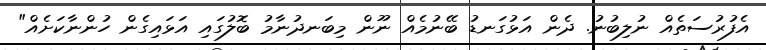
އެފުރުސަތެއް ނުލިބުނު. ދެން އަޅުގަނޑު ބޭނުމެއް ނޫން މިބަނދުނާމު ބޮލުގައި އަޅައިގެން ހުންނާކަށެއް"